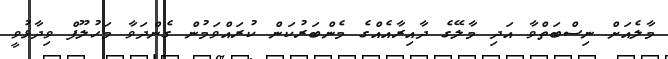
މާލެއަށް ނިސްބަތްވާ އަދި މާލޭގެ ދާއިރާއެއްގެ މެންބަރުކަން ކުރައްވަމުން ގެންދަވާ މަހުލޫފް ވިދާޅުވީ